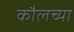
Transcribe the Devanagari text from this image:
कौलच्या